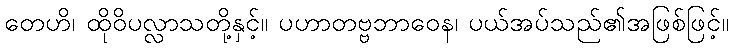
တေဟိ၊ ထိုဝိပလ္လာသတို့နှင့်။ ပဟာတဗ္ဗဘာဝေန၊ ပယ်အပ်သည်၏အဖြစ်ဖြင့်။